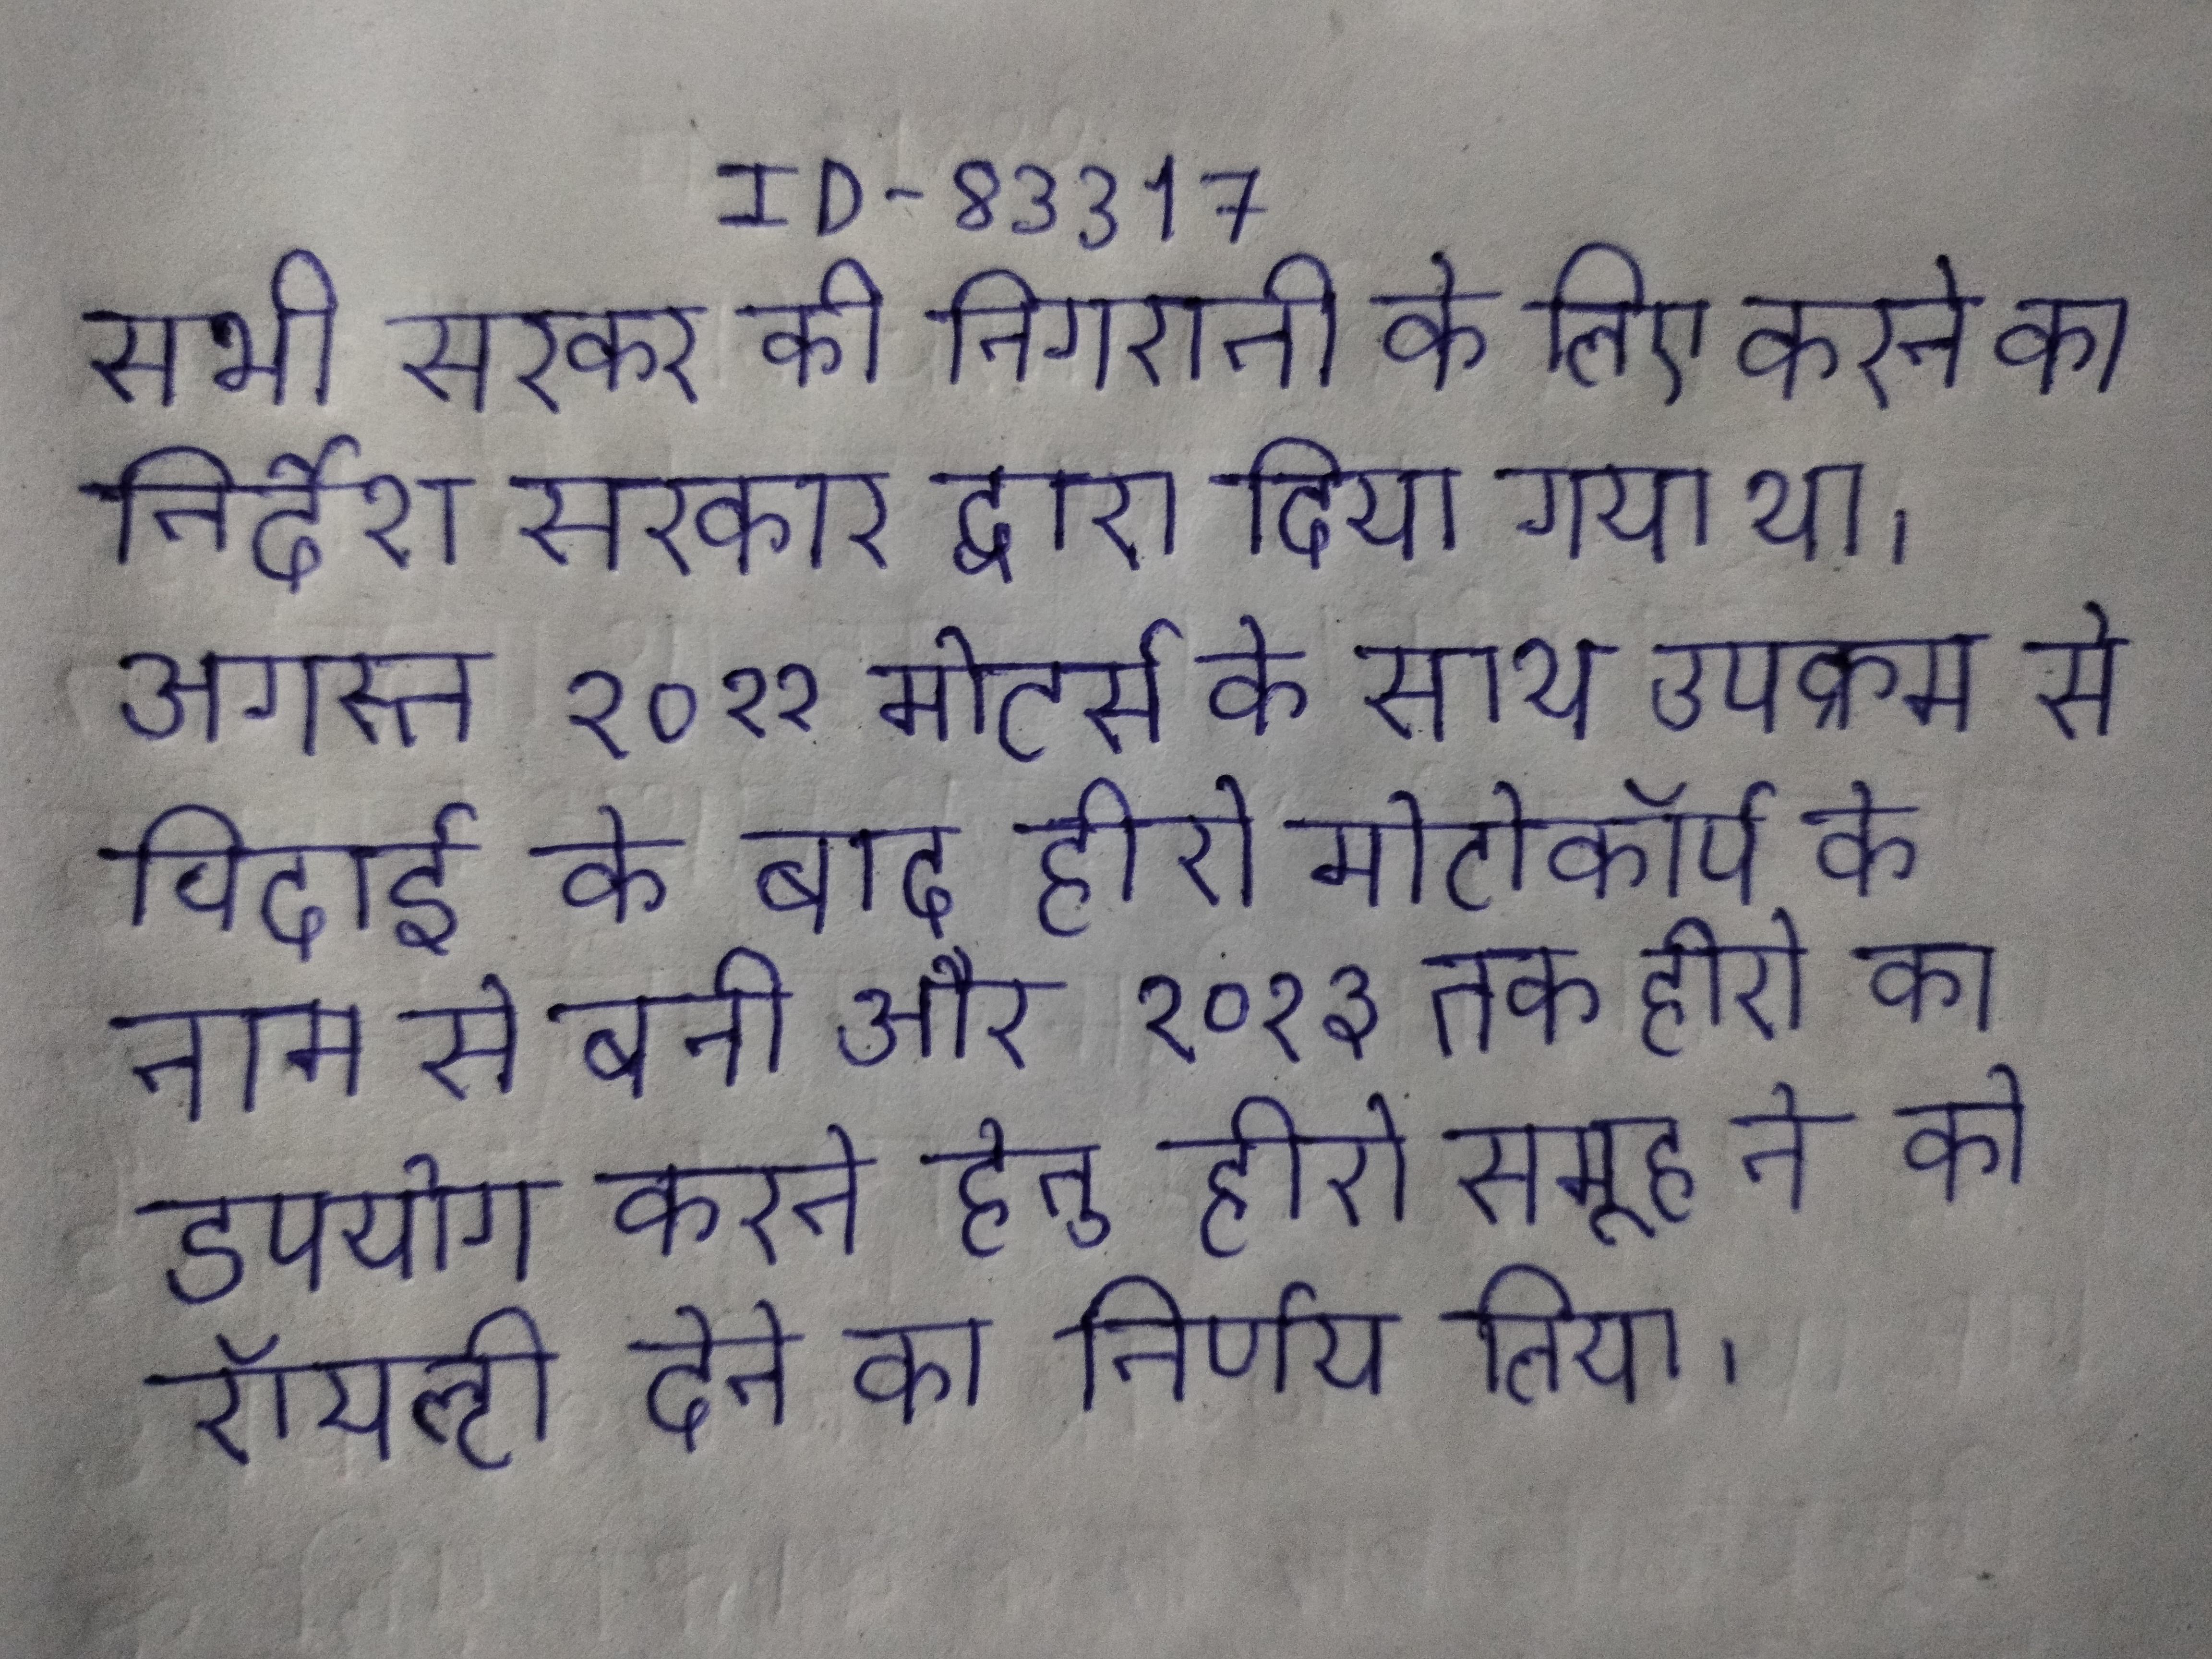
सभी सरकार की निगरानी के लिए करने का निर्देश सरकार द्वारा दिया गया था । अगस्त २०११ मोटर्स के साथ उपक्रम से विदाई के बाद हीरो मोटोकॉर्प के नाम से बनी और २०१३ तक हीरो का डपयोग करने हेतु हीरो समूह ने को रॉयल्टी देने का निर्णय लिया ।